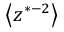
\big < z ^ { * - 2 } \big >